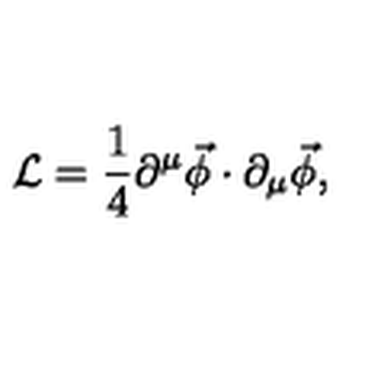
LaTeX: \mathcal { L } = \frac { 1 } { 4 } \partial ^ { \mu } \vec { \phi } \cdot \partial _ { \mu } \vec { \phi } ,